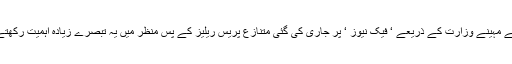
‘پچھلے مہینے وزارت کے ذریعے ‘ فیک نیوز ‘ پر جاری کی گئی متنازع پریس ریلیز کے پس منظر میں یہ تبصرے زیادہ اہمیت رکھتے ہیں۔